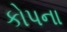
કોપના